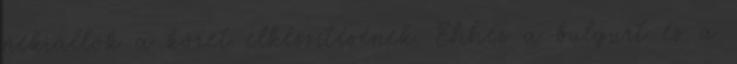
nekiállok a köret elkészítésének. Ehhez a bulgurt és a